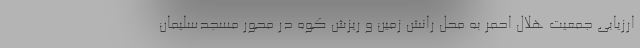
ارزیابی جمعیت هلال احمر به محل رانش زمین و ریزش کوه در محور مسجدسلیمان